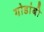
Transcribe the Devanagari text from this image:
गोडांबी